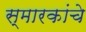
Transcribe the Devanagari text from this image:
स्मारकांचे